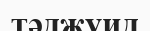
тәджуид